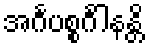
အင်္ဂပစ္စင်္ဂါနန္တိ